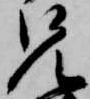
兄